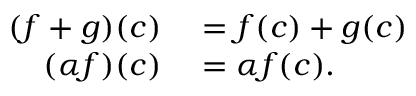
\begin{array} { r l } { ( f + g ) ( c ) } & { { } = f ( c ) + g ( c ) } \\ { ( \alpha f ) ( c ) } & { { } = \alpha f ( c ) . } \end{array}